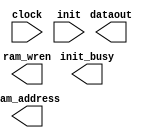
// megafunction wizard: %RAM initializer%VBB%
// GENERATION: STANDARD
// VERSION: WM1.0
// MODULE: ALTMEM_INIT 

// ============================================================
// Megafunction Name(s):
// 			ALTMEM_INIT
//
// Simulation Library Files(s):
// 			lpm
// ============================================================
// ************************************************************
// THIS IS A WIZARD-GENERATED FILE. DO NOT EDIT THIS FILE!
//
// 22.1std.2 Build 922 07/20/2023 SC Lite Edition
// ************************************************************

//Copyright (C) 2023  Intel Corporation. All rights reserved.
//Your use of Intel Corporation's design tools, logic functions 
//and other software and tools, and any partner logic 
//functions, and any output files from any of the foregoing 
//(including device programming or simulation files), and any 
//associated documentation or information are expressly subject 
//to the terms and conditions of the Intel Program License 
//Subscription Agreement, the Intel Quartus Prime License Agreement,
//the Intel FPGA IP License Agreement, or other applicable license
//agreement, including, without limitation, that your use is for
//the sole purpose of programming logic devices manufactured by
//Intel and sold by Intel or its authorized distributors.  Please
//refer to the applicable agreement for further details, at
//https://fpgasoftware.intel.com/eula.

module ram (
	clock,
	init,
	dataout,
	init_busy,
	ram_address,
	ram_wren)/* synthesis synthesis_clearbox = 1 */;

	input	  clock;
	input	  init;
	output	[7:0]  dataout;
	output	  init_busy;
	output	[13:0]  ram_address;
	output	  ram_wren;

endmodule

// ============================================================
// CNX file retrieval info
// ============================================================
// Retrieval info: LIBRARY: altera_mf altera_mf.altera_mf_components.all
// Retrieval info: PRIVATE: INTENDED_DEVICE_FAMILY STRING "Cyclone IV GX"
// Retrieval info: CONSTANT: INIT_FILE STRING "UNUSED"
// Retrieval info: CONSTANT: INIT_TO_ZERO STRING "YES"
// Retrieval info: CONSTANT: INTENDED_DEVICE_FAMILY STRING "Cyclone IV GX"
// Retrieval info: CONSTANT: LPM_HINT STRING "UNUSED"
// Retrieval info: CONSTANT: LPM_TYPE STRING "altmem_init"
// Retrieval info: CONSTANT: NUMWORDS NUMERIC "10000"
// Retrieval info: CONSTANT: PORT_ROM_DATA_READY STRING "PORT_UNUSED"
// Retrieval info: CONSTANT: ROM_READ_LATENCY NUMERIC "1"
// Retrieval info: CONSTANT: WIDTH NUMERIC "8"
// Retrieval info: CONSTANT: WIDTHAD NUMERIC "14"
// Retrieval info: USED_PORT: clock 0 0 0 0 INPUT NODEFVAL "clock"
// Retrieval info: CONNECT: @clock 0 0 0 0 clock 0 0 0 0
// Retrieval info: USED_PORT: dataout 0 0 8 0 OUTPUT NODEFVAL "dataout[7..0]"
// Retrieval info: CONNECT: dataout 0 0 8 0 @dataout 0 0 8 0
// Retrieval info: USED_PORT: init 0 0 0 0 INPUT NODEFVAL "init"
// Retrieval info: CONNECT: @init 0 0 0 0 init 0 0 0 0
// Retrieval info: USED_PORT: init_busy 0 0 0 0 OUTPUT NODEFVAL "init_busy"
// Retrieval info: CONNECT: init_busy 0 0 0 0 @init_busy 0 0 0 0
// Retrieval info: USED_PORT: ram_address 0 0 14 0 OUTPUT NODEFVAL "ram_address[13..0]"
// Retrieval info: CONNECT: ram_address 0 0 14 0 @ram_address 0 0 14 0
// Retrieval info: USED_PORT: ram_wren 0 0 0 0 OUTPUT NODEFVAL "ram_wren"
// Retrieval info: CONNECT: ram_wren 0 0 0 0 @ram_wren 0 0 0 0
// Retrieval info: GEN_FILE: TYPE_NORMAL ram.v TRUE FALSE
// Retrieval info: GEN_FILE: TYPE_NORMAL ram.qip TRUE FALSE
// Retrieval info: GEN_FILE: TYPE_NORMAL ram.bsf TRUE TRUE
// Retrieval info: GEN_FILE: TYPE_NORMAL ram_inst.v TRUE TRUE
// Retrieval info: GEN_FILE: TYPE_NORMAL ram_bb.v TRUE TRUE
// Retrieval info: GEN_FILE: TYPE_NORMAL ram.inc TRUE TRUE
// Retrieval info: GEN_FILE: TYPE_NORMAL ram.cmp TRUE TRUE
// Retrieval info: LIB_FILE: lpm